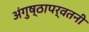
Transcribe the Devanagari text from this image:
अंगुष्ठापर्वतनी